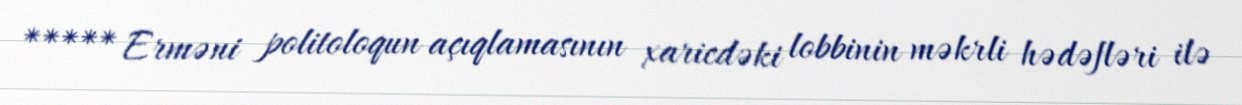
***** Erməni politoloqun açıqlamasının xaricdəki lobbinin məkrli hədəfləri ilə